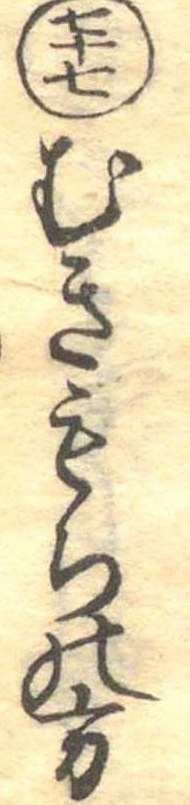
七十七むきもちの方